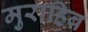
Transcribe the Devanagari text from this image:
मुराहिब